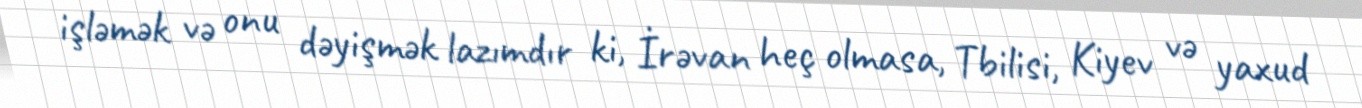
işləmək və onu dəyişmək lazımdır ki, İrəvan heç olmasa, Tbilisi, Kiyev və yaxud